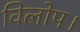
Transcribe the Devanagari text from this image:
विलोप।